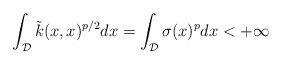
\begin{align*} \int_{\mathcal{D}} \tilde{k}(x,x)^{p/2}dx = \int_{\mathcal{D}} \sigma(x)^{p}dx < +\infty\end{align*}